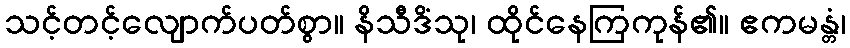
သင့်တင့်လျောက်ပတ်စွာ။ နိသီဒိံသု၊ ထိုင်နေကြကုန်၏။ ဧကမန္တံ၊